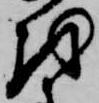
を